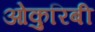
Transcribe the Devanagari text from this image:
ओकुरिबी